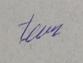
Signature authenticity: genuine